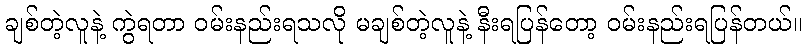
ချစ်တဲ့လူနဲ့ ကွဲရတာ ဝမ်းနည်းရသလို မချစ်တဲ့လူနဲ့ နီးရပြန်တော့ ဝမ်းနည်းရပြန်တယ်။